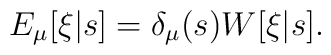
E_\mu[\xi|s] = \delta_\mu(s) W[\xi|s].